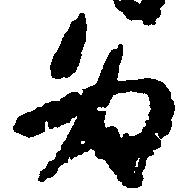
為